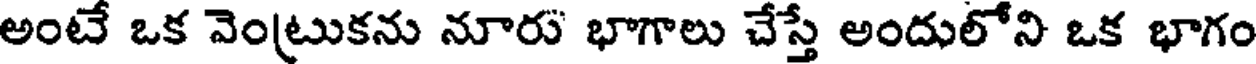
అంటే ఒక వెంట్రుకను నూరు భాగాలు చేస్తే అందులోని ఒక భాగం